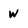
Character: w